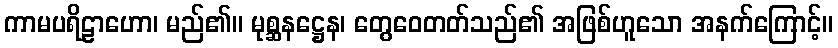
ကာမပရိဠာဟော၊ မည်၏။ မုစ္ဆနဋ္ဌေန၊ တွေဝေတတ်သည်၏ အဖြစ်ဟူသော အနက်ကြောင့်။